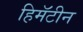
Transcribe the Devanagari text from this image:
हिमॅटीन